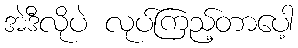
အဲဒီလိုပဲ လုပ်ကြည့်တာပေါ့